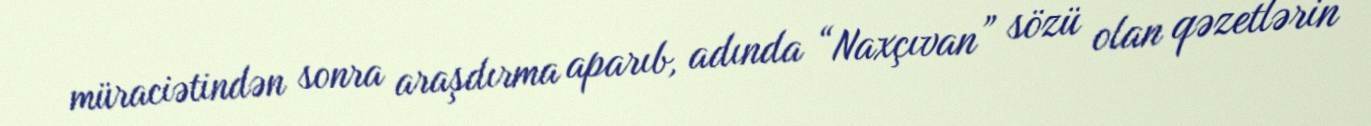
müraciətindən sonra araşdırma aparıb, adında “Naxçıvan” sözü olan qəzetlərin